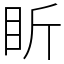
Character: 盺